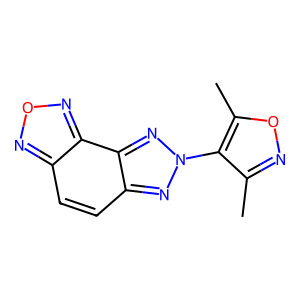
SMILES: Cc1noc(C)c1-n1nc2ccc3nonc3c2n1
Inhibits HIV replication: No